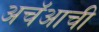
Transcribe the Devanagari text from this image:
अचॅआची